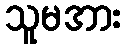
သူမအား